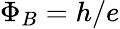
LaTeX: \Phi_{B}=h/e